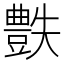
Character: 𧰅